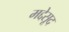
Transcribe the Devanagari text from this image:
मद्देसूद